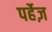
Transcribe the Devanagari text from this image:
पर्हेज़